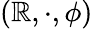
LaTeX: (\mathbb{R},\cdot,\phi)